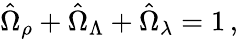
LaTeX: \hat{\Omega}_{\rho}+\hat{\Omega}_{\Lambda}+\hat{\Omega}_{\lambda}=1\, ,